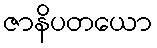
ဇာနိပတယော